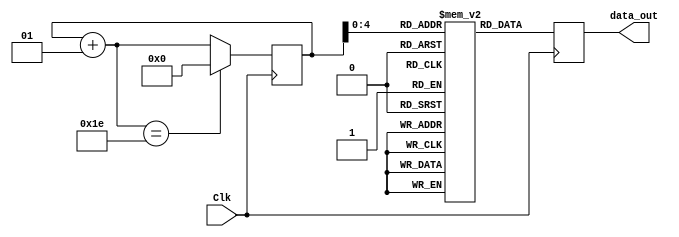
module Sine_wave_Generater_90(Clk,data_out);
//declare input and output
    input Clk;
    output [7:0] data_out;
//declare the sine ROM - 30 registers each 8 bit wide.  
    reg [7:0] sine [0:29];
//Internal signals  
    integer i;  
    reg [7:0] data_out; 
//Initialize the sine rom with samples. 
    initial begin
        i = 15;
        sine[0] = 0;
        sine[1] = 16;
        sine[2] = 31;
        sine[3] = 45;
        sine[4] = 58;
        sine[5] = 67;
        sine[6] = 74;
        sine[7] = 77;
        sine[8] = 77;
        sine[9] = 74;
        sine[10] = 67;
        sine[11] = 58;
        sine[12] = 45;
        sine[13] = 31;
        sine[14] = 16;
        sine[15] = 0;
        sine[16] = -16;
        sine[17] = -31;
        sine[18] = -45;
        sine[19] = -58;
        sine[20] = -67;
        sine[21] = -74;
        sine[22] = -77;
        sine[23] = -77;
        sine[24] = -74;
        sine[25] = -67;
        sine[26] = -58;
        sine[27] = -45;
        sine[28] = -31;
        sine[29] = -16;
    end
    
    //At every positive edge of the clock, output a sine wave sample.
    always@ (posedge(Clk))
    begin
        data_out = sine[i];
        i = i+ 1;
        if(i == 30)
            i = 0;
    end
endmodule